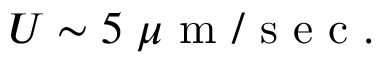
U \sim 5 \; \mu \textrm { m } / \textrm { s e c } .